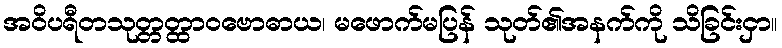
အဝိပရီတသုတ္တတ္ထာဝဗောဓာယ၊ မဖောက်မပြန် သုတ်၏အနက်ကို သိခြင်းငှာ။